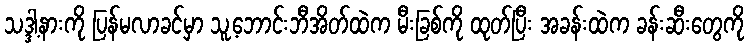
သဒ္ဒါ့နားကို ပြန်မလာခင်မှာ သူ့ဘောင်းဘီအိတ်ထဲက မီးခြစ်ကို ထုတ်ပြီး အခန်းထဲက ခန်းဆီးတွေကို